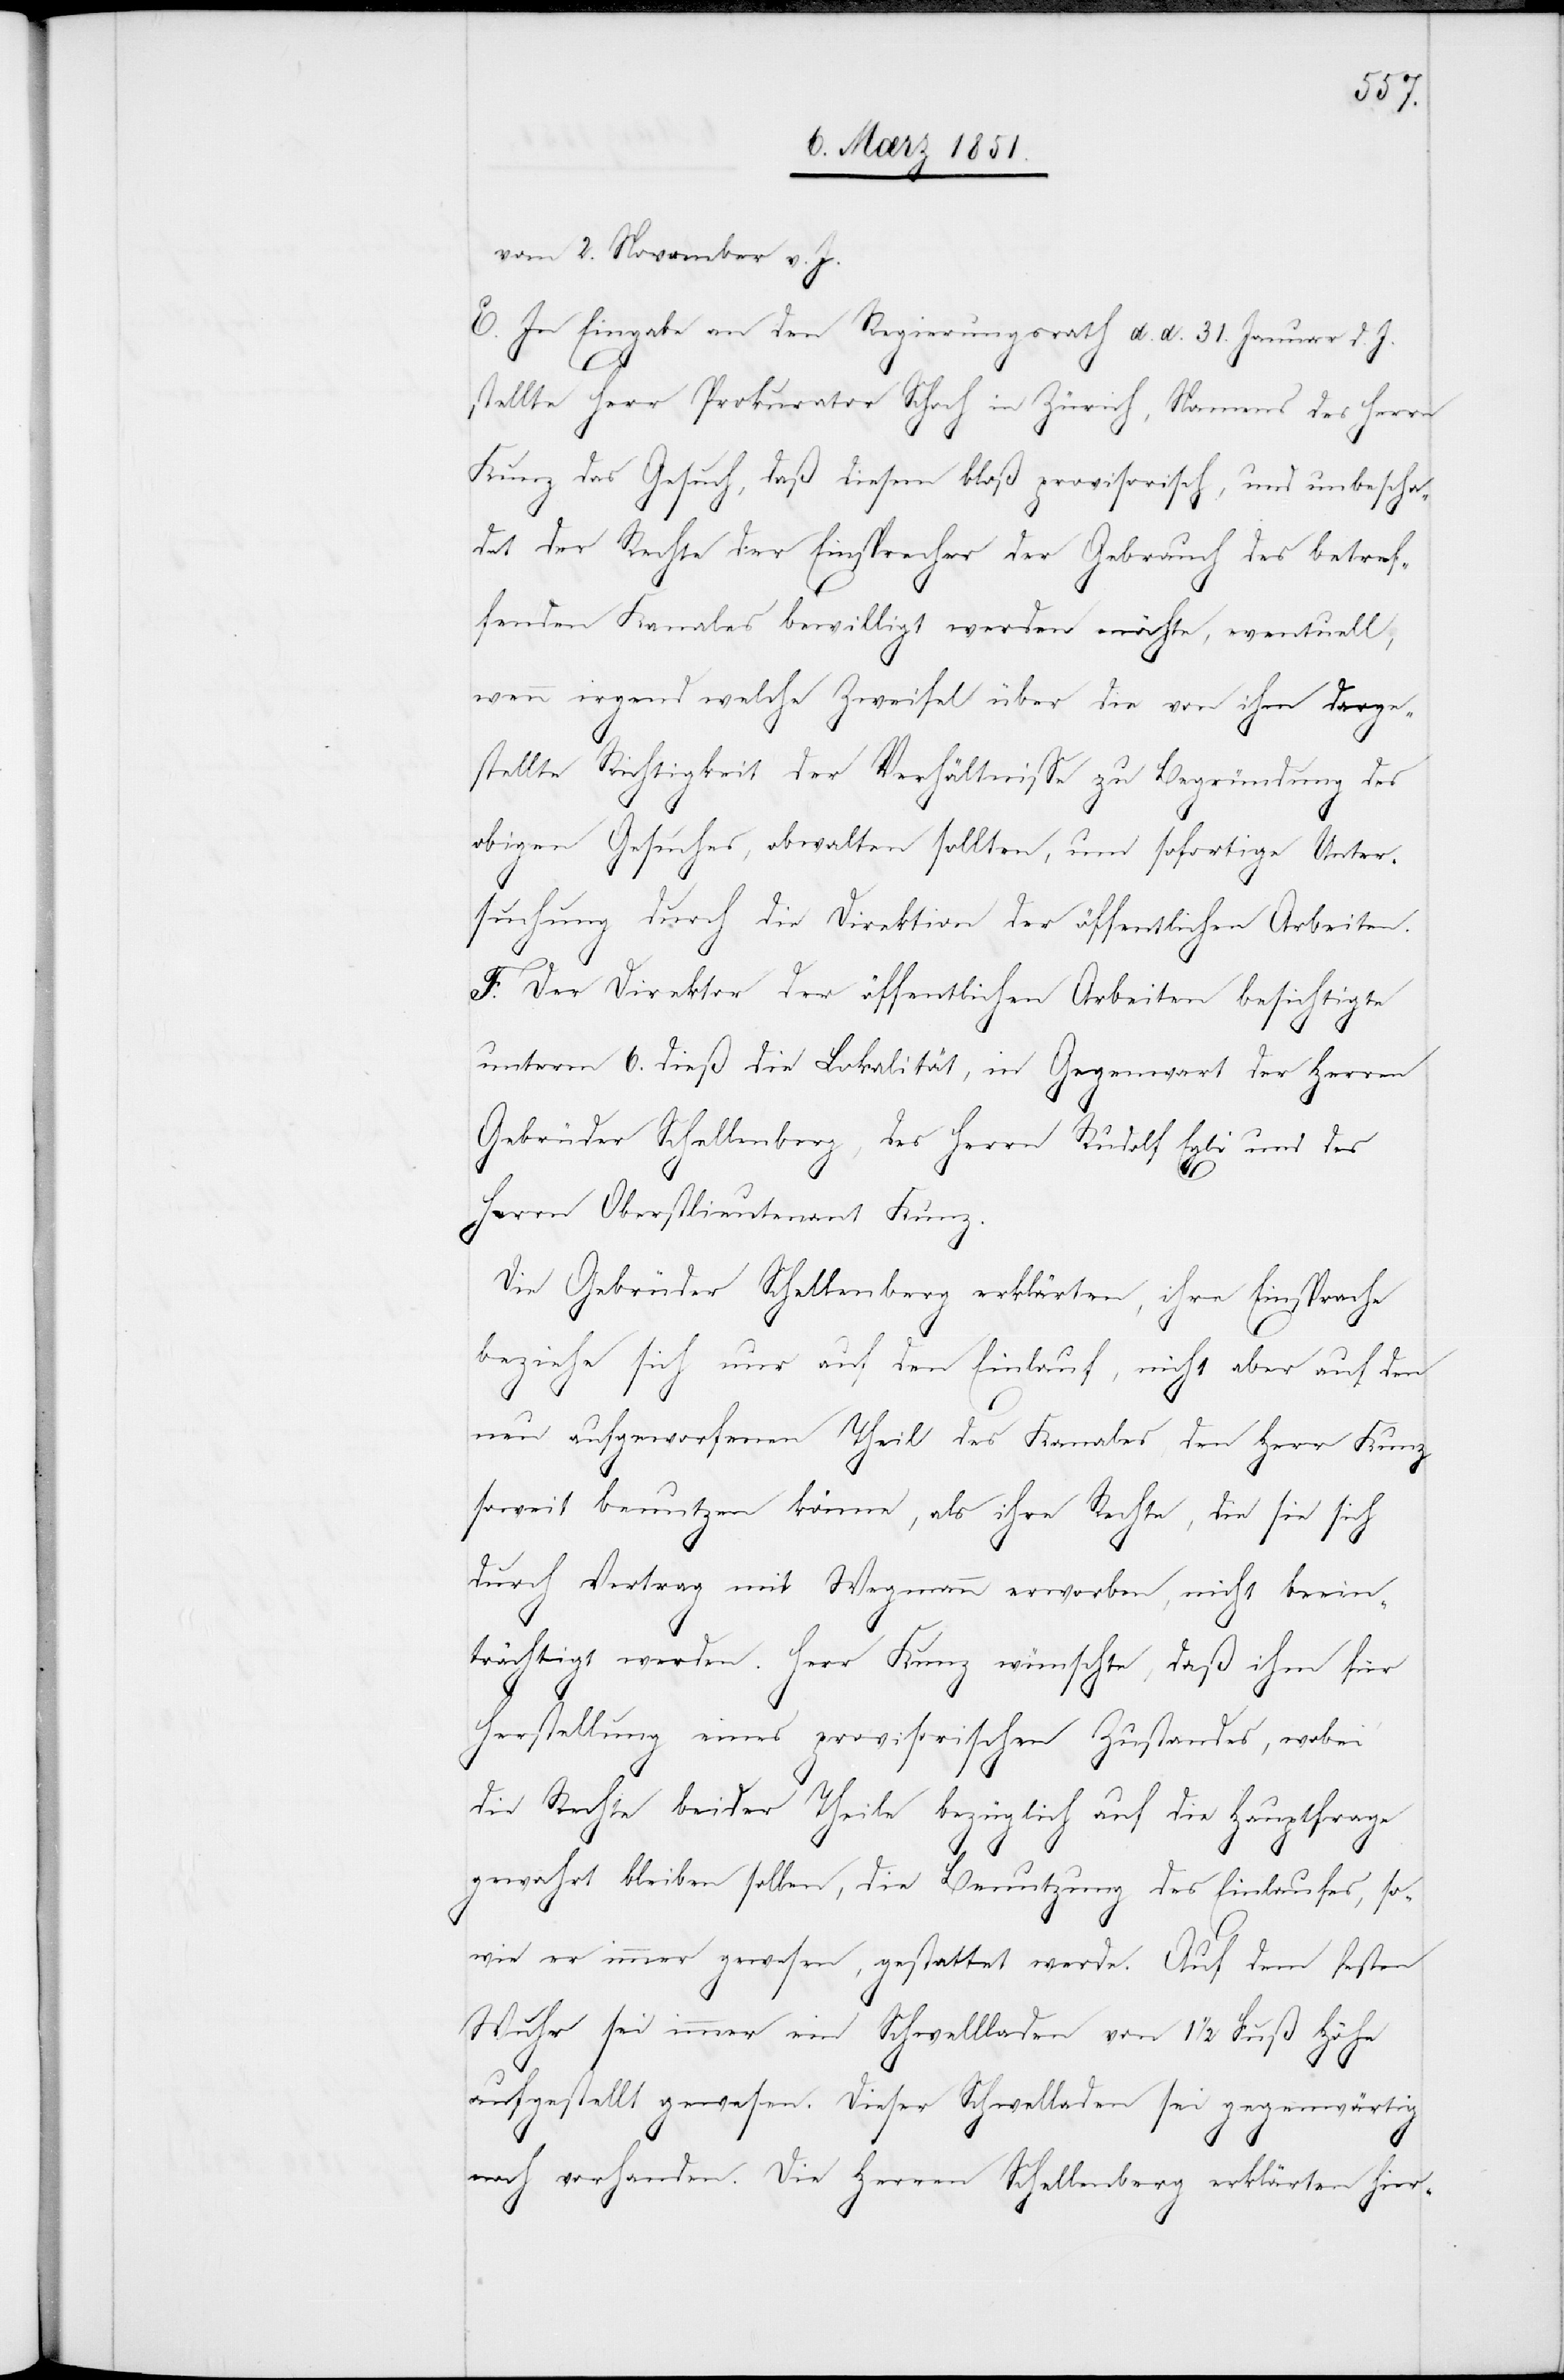
vom 2. November v. J.
E. In Eingabe an den Regierungsrath d. d. 31. Januar d. J.
stellte Herr Prokurator Schoch in Zürich, Namens des Herrn
Kunz das Gesuch, daß diesem bloß provisorisch, und unbescha¬
det der Rechte der Einsprecher der Gebrauch des betref¬
fenden Kanales bewilligt werden möchte, eventuell,
wenn irgend welche Zweifel über die von ihm darge¬
stellte Richtigkeit der Verhältnisse zu Begründung des
obigen Gesuches, obwalten sollten, um sofortige Unter¬
suchung durch die Direktion der öffentlichen Arbeiten.
F. Der Direktor der öffentlichen Arbeiten besichtigte
unterm 6. dieß die Lokalität, in Gegenwart der Herren
Gebrüder Schellenberg, des Herrn Rudolf Egli und des
Herrn Oberstlieutenant Kunz.
Die Gebrüder Schellenberg erklärten, ihre Einsprache
beziehe sich nur auf den Einlauf, nicht aber auf den
neu aufgeworfenen Theil des Kanales den Herr Kunz
soweit benutzen könne, als ihre Rechte, die sie sich
durch Vertrag mit Wegmann erworben, nicht beein¬
trächtigt werden. Herr Kunz wünschte, daß ihm für
Herstellung eines provisorischen Zustandes, wobei
die Rechte beider Theile bezüglich auf die Hauptfrage
gewahrt bleiben sollen, die Benutzung des Einlaufes, so¬
wie er immer gewesen, gestattet werde. Auf dem festen
Wuhr sei immer ein Schwellladen von 1 1/2 Fuß Höhe
aufgestellt gewesen. Dieser Schwell[l]aden sei gegenwärtig
noch vorhanden. Die Herren Schellenberg erklärten hier-